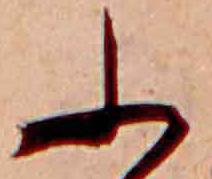
ふ